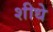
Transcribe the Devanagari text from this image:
शीधे